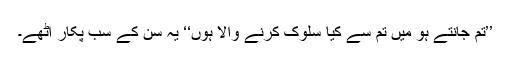
’’تم جانتے ہو میں تم سے کیا سلوک کرنے والا ہوں‘‘ یہ سن کے سب پکار اٹھے۔